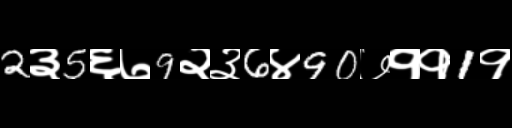
Text: 2३5६७9२३6४90७११1१